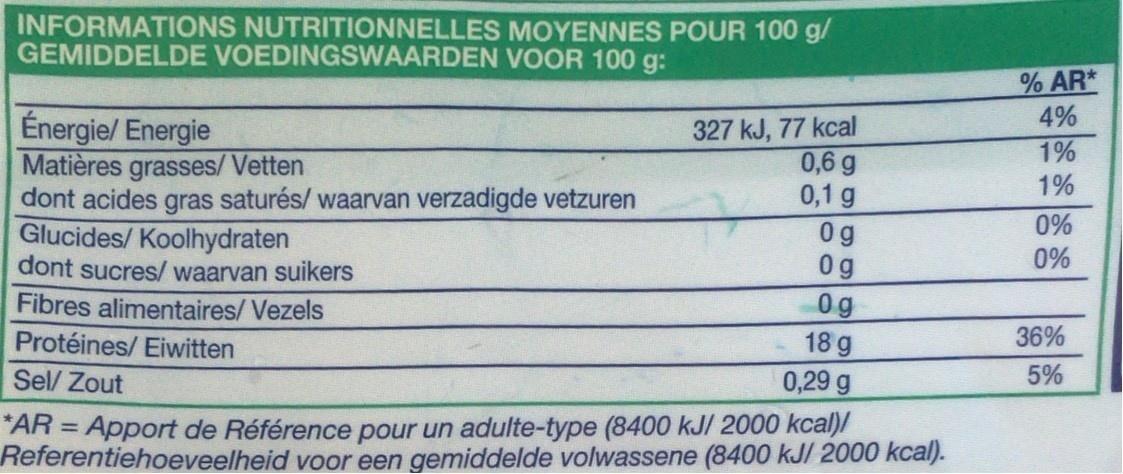
INFORMATIONS NUTRITIONNELLES MOYENNES POUR 100 g/ GEMIDDELDE VOEDINGSWAARDEN VOOR 100 g:
% AR* 4%
Énergie/ Energie Matières grasses/Vetten dont acides gras saturés/ waarvan verzadigde vetzuren Glucides/ Koolhydraten dont sucres/ waarvan suikers
327 kJ, 77 kcal 0,6 g 0,1 g
1% 1%
0g 0g
0% 0%
Fibres alimentaires/ Vezels
0g 18 g 0,29 g
Protéines/ Eiwitten
36%
Sel/ Zout
5%
"AR = Apport de Référence pour un adulte-type (8400 kJI 2000 kcal)/ Referentiehoeveelheid voor een gemiddelde volwassene (8400 kJ/ 2000 kcal).
%3D